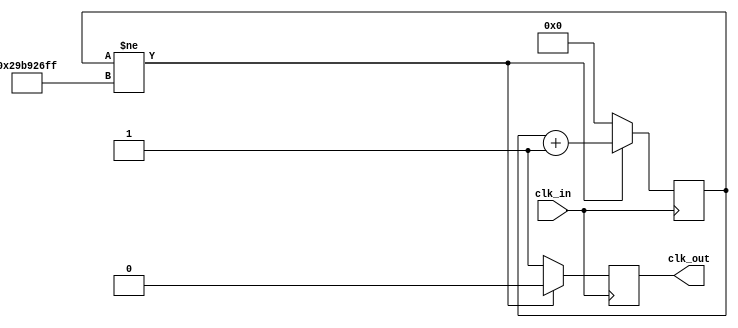
`timescale 1ns / 1ns

module delay2_clock(
    input clk_in,
    output reg clk_out
    );
    reg [35:0] period_count = 0;
    always @(posedge clk_in)
        if(period_count != 700000000 - 1)
        begin
            period_count <= period_count + 1;
            clk_out <= 0;
        end
    else
    begin
        period_count <= 0;
        clk_out <= 1;
    end
endmodule